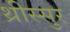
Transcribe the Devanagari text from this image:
थ्रीस्सुर